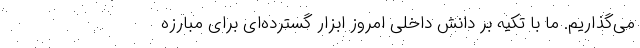
می‌گذاریم. ما با تکیه بر دانش داخلی امروز ابزار گسترده‌ای برای مبارزه